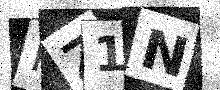
Text: HZ1N